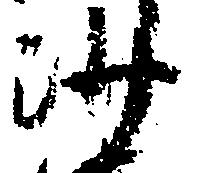
沙